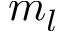
m _ { l }